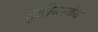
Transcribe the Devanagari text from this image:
तृतीयस्कंध